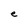
Character: e